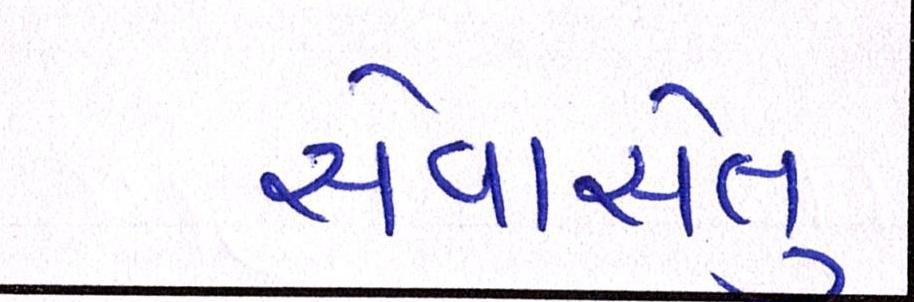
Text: સેવાસેતુ